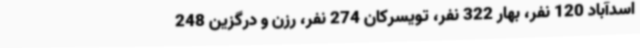
اسدآباد 120 نفر، بهار 322 نفر، تویسرکان 274 نفر، رزن و درگزین 248